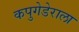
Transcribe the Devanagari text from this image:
कपुगेडेराला